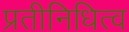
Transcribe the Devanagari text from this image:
प्रतीनिधित्व